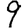
Digit: 9